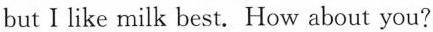
but Ⅰlike milk best. How about you?